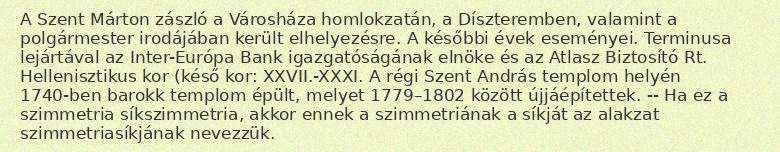
A Szent Márton zászló a Városháza homlokzatán, a Díszteremben, valamint a polgármester irodájában került elhelyezésre. A későbbi évek eseményei. Terminusa lejártával az Inter-Európa Bank igazgatóságának elnöke és az Atlasz Biztosító Rt. Hellenisztikus kor (késő kor: XXVII.-XXXI. A régi Szent András templom helyén 1740-ben barokk templom épült, melyet 1779–1802 között újjáépítettek. -- Ha ez a szimmetria síkszimmetria, akkor ennek a szimmetriának a síkját az alakzat szimmetriasíkjának nevezzük.